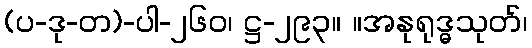
(ပ-ဒု-တ)-ပါ-၂၆၀၊ ဋ္ဌ-၂၉၃။ ။အနုရုဒ္ဓသုတ်၊